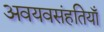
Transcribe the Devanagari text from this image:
अवयवसंहतियाँ